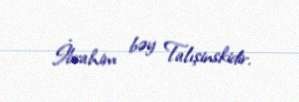
İbrahim bəy Talışinskidir.